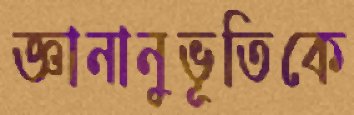
জ্ঞানানুভূতিকে